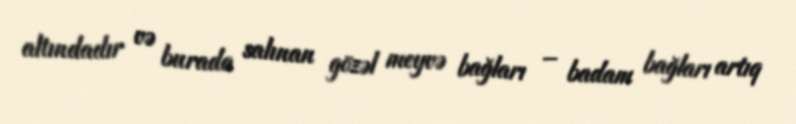
altındadır və burada salınan gözəl meyvə bağları – badam bağları artıq